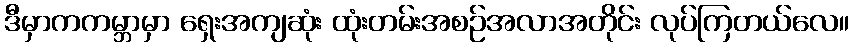
ဒီမှာကကမ္ဘာမှာ ရှေးအကျဆုံး ထုံးတမ်းအစဉ်အလာအတိုင်း လုပ်ကြတယ်လေ။